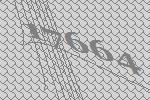
17664